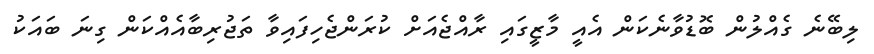
ލިބޭނެ ގެއްލުން ބޮޑުވާނެކަން އެއީ މާޒީގައި ރާއްޖެއަށް ކުރަންޖެހިފައިވާ ތަޖުރިބާއެއްކަން ގިނަ ބައަކު